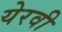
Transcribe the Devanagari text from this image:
येरवी